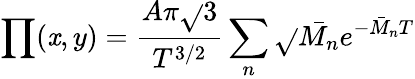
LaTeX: \prod(\mathit{x},y)=\frac{{A\pi\sqrt{}{{3}}}}{{T^{3/2}}}\sum_{n}\sqrt{}{{\bar{{M_{n}}}}}e^{-\bar{{M}}_{n}T}